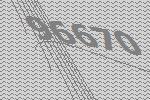
96670